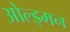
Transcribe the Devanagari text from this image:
ओल्ड्मन